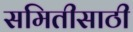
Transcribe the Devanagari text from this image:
समितीसाठी